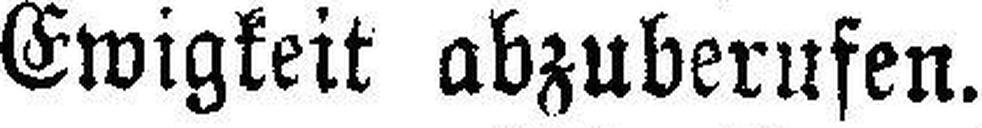
Ewigkeit abzuberufen.